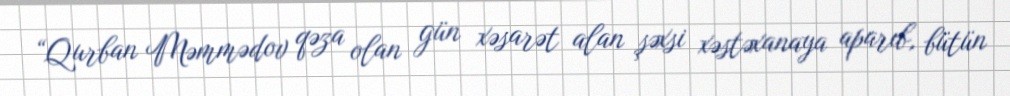
“Qurban Məmmədov qəza olan gün xəsarət alan şəxsi xəstəxanaya aparıb, bütün